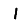
Digit: 1